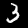
Label: 3